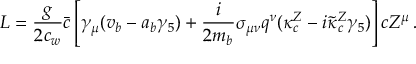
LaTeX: { \cal L } = { \frac { g } { 2 c _ { w } } } \bar { c } \left[ \gamma _ { \mu } ( v _ { b } - a _ { b } \gamma _ { 5 } ) + { \frac { i } { 2 m _ { b } } } \sigma _ { \mu \nu } q ^ { \nu } ( \kappa _ { c } ^ { Z } - i \tilde { \kappa } _ { c } ^ { Z } \gamma _ { 5 } ) \right] c Z ^ { \mu } \, .